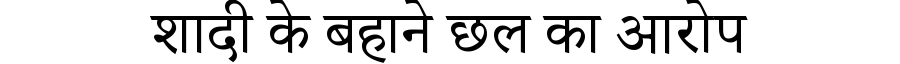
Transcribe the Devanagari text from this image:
शादी के बहाने छल का आरोप